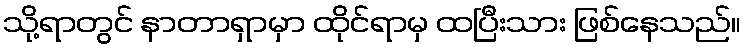
သို့ရာတွင် နာတာရှာမှာ ထိုင်ရာမှ ထပြီးသား ဖြစ်နေသည်။